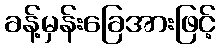
ခန့်မှန်းခြေအားဖြင့်